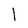
Character: l